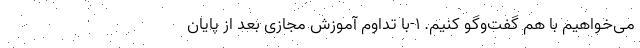
می‌خواهیم با هم گفت‌وگو کنیم. 1-با تداوم آموزش مجازی بعد از پایان